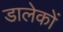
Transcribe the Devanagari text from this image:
डालेकों